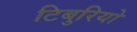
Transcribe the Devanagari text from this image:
टिबुरियो